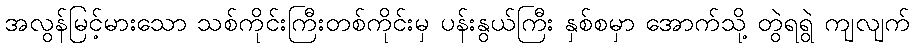
အလွန်မြင့်မားသော သစ်ကိုင်းကြီးတစ်ကိုင်းမှ ပန်းနွယ်ကြီး နှစ်စမှာ အောက်သို့ တွဲရရွဲ ကျလျက်